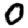
Digit: 0